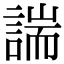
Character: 諯